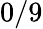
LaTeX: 0/9